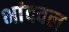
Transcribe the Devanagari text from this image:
भांदवल